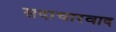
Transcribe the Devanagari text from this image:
सदाचारवाद